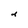
Character: d